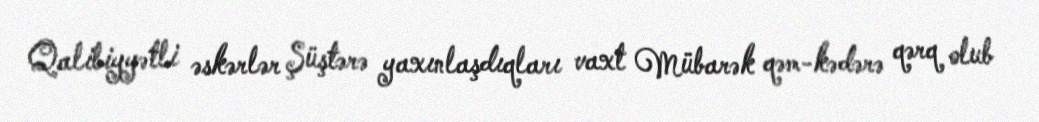
Qalibiyyətli əskərlər Şüştərə yaxınlaşdıqları vaxt Mübarək qəm-kədərə qərq olub